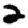
Digit: 2